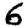
Digit: 6